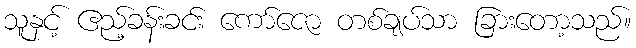
သူနှင့် ဧည့်ခန်းခင်း ကော်ဇော တစ်ချပ်သာ ခြားတော့သည်။